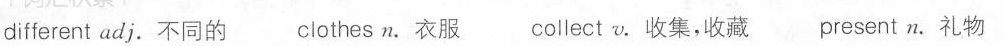
different adj.不同的 clothes n.衣服 collect v.收集,收藏 present n.礼物